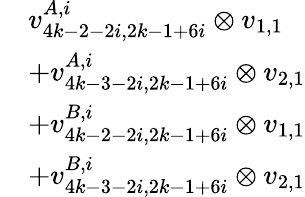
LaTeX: \begin{array}{rl}&{v_{4k-2-2i,2k-1+6i}^{A,i}\otimes v_{1,1}}\\ &{+v_{4k-3-2i,2k-1+6i}^{A,i}\otimes v_{2,1}}\\ &{+v_{4k-2-2i,2k-1+6i}^{B,i}\otimes v_{1,1}}\\ &{+v_{4k-3-2i,2k-1+6i}^{B,i}\otimes v_{2,1}}\end{array}